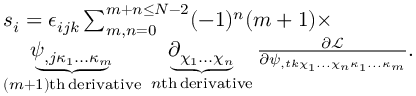
\begin{array} { r } { \begin{array} { r l } & { s _ { i } = \epsilon _ { i j k } \sum _ { m , n = 0 } ^ { m + n \leq N - 2 } ( - 1 ) ^ { n } ( m + 1 ) \times } \\ & { \underbrace { \psi _ { , j \kappa _ { 1 } . . . \kappa _ { m } } } _ { ( m + 1 ) \mathrm { t h \, d e r i v a t i v e } } \; \underbrace { \partial _ { \chi _ { 1 } . . . \chi _ { n } } } _ { n \mathrm { t h \, d e r i v a t i v e } } \frac { \partial \mathcal L } { \partial \psi _ { , t k \chi _ { 1 } . . . \chi _ { n } \kappa _ { 1 } . . . \kappa _ { m } } } . } \end{array} } \end{array}